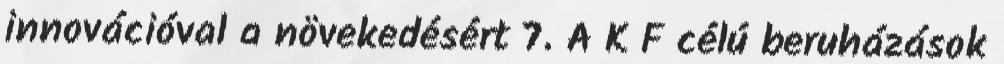
innovációval a növekedésért 7. A K F célú beruházások